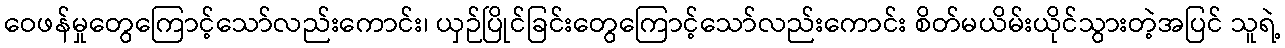
ဝေဖန်မှုတွေကြောင့်သော်လည်းကောင်း၊ ယှဉ်ပြိုင်ခြင်းတွေကြောင့်သော်လည်းကောင်း စိတ်မယိမ်းယိုင်သွားတဲ့အပြင် သူရဲ့